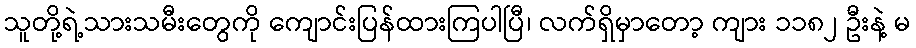
သူတို့ရဲ့သားသမီးတွေကို ကျောင်းပြန်ထားကြပါပြီ၊ လက်ရှိမှာတော့ ကျား ၁၁၈၂ ဦးနဲ့ မ